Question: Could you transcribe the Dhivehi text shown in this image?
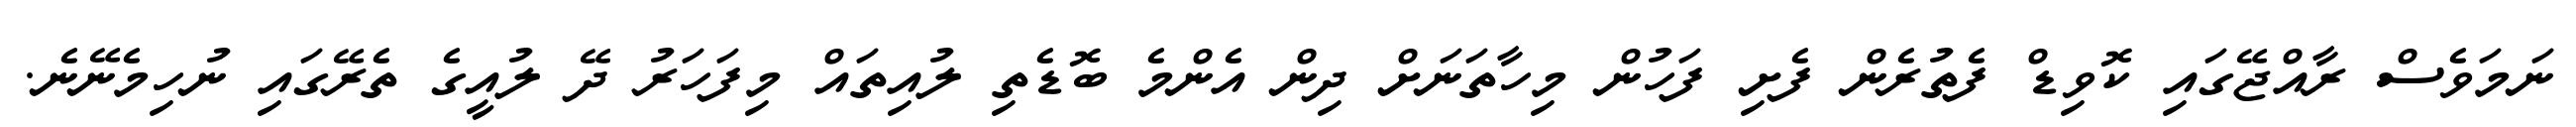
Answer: ނަމަވެސް ރާއްޖޭގައި ކޮވިޑް ފެތުރެން ފެށި ފަހުން މިހާތަނަށް ދިން އެންމެ ބޮޑެތި ލުއިތައް މިފަހަރު ދޭ ލުއީގެ ތެރޭގައި ނުހިމެނޭނެ.